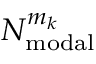
N _ { \mathrm { m o d a l } } ^ { m _ { k } }